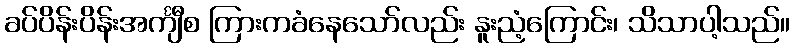
ခပ်ပိန်းပိန်းအင်္ကျီစ ကြားကခံနေသော်လည်း နူးညံ့ကြောင်း၊ သိသာပါ့သည်။